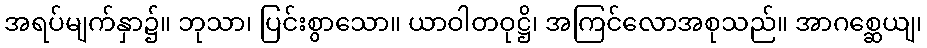
အရပ်မျက်နှာ၌။ ဘုသာ၊ ပြင်းစွာသော။ ယာဝါတဝုဋ္ဌိ၊ အကြင်လောအစုသည်။ အာဂစ္ဆေယျ၊